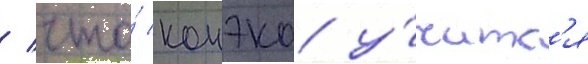
/ что́ конэко у́читс'я